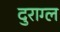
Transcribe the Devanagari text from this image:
दुराग्ल